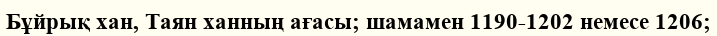
Бұйрық хан, Таян ханның ағасы; шамамен 1190-1202 немесе 1206;